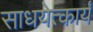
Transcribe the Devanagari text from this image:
साधयेत्कार्यं